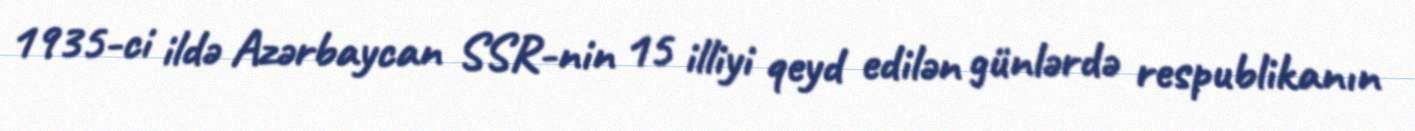
1935-ci ildə Azərbaycan SSR-nin 15 illiyi qeyd edilən günlərdə respublikanın